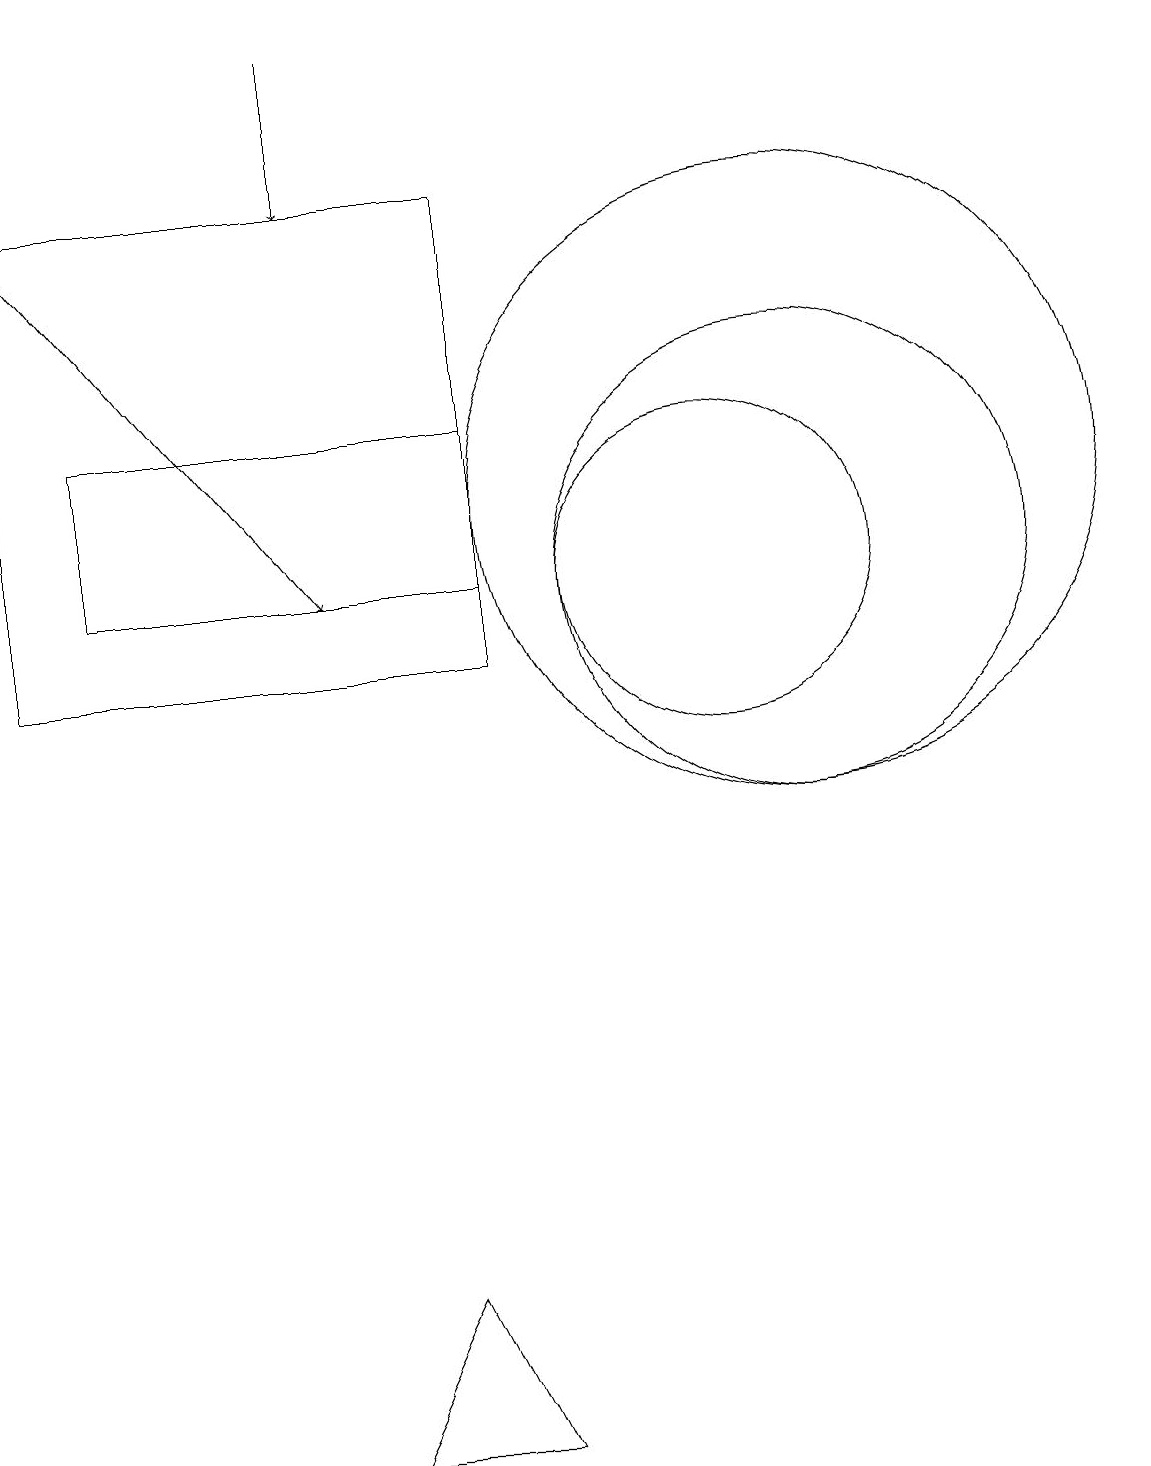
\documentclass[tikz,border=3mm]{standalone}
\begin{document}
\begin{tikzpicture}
\draw (11,12) circle (4);
\draw (10,11) circle (2);
\draw (7,16) rectangle (1,10);
\draw (7,11) rectangle (2,13);
\draw[->] (5,18) -- (5,16);
\draw (5,0) -- (6,2) -- (7,0) -- cycle;
\draw[->] (1,16) -- (5,11);
\draw (11,11) circle (3);
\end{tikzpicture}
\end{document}